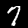
Digit: 7